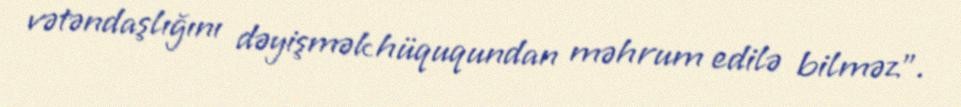
vətəndaşlığını dəyişmək hüququndan məhrum edilə bilməz”.